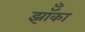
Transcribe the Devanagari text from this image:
झॉँका